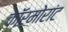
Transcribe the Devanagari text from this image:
कॉर्मोरांट